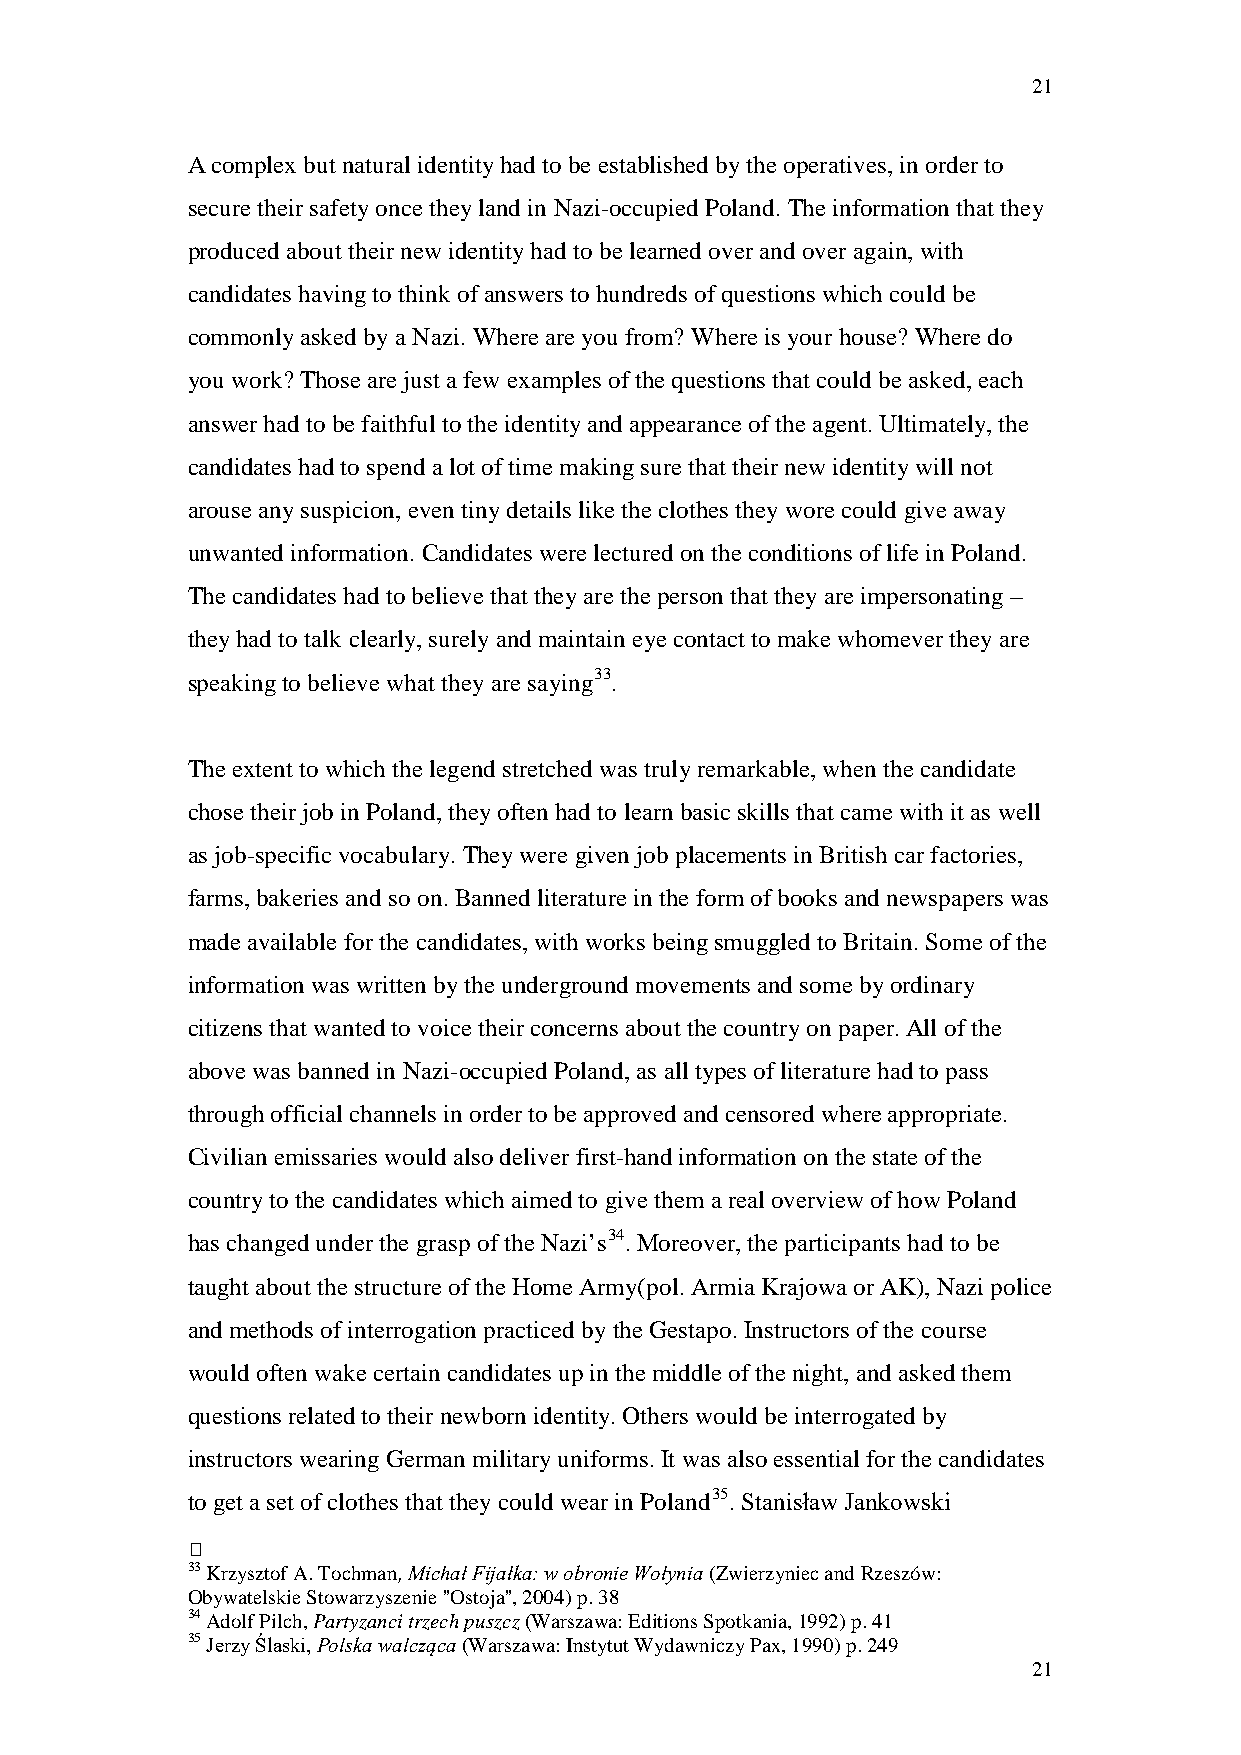
21
 A complex but natural identity had to be established by the operatives, in order to
 secure their safety once they land in Nazi-occupied Poland. The information that they
 produced about their new identity had to be learned over and over again, with
 candidates having to think of answers to hundreds of questions which could be
 commonly asked by a Nazi. Where are you from? Where is your house? Where do
 you work? Those are just a few examples of the questions that could be asked, each
 answer had to be faithful to the identity and appearance of the agent. Ultimately, the
 candidates had to spend a lot of time making sure that their new identity will not
 arouse any suspicion, even tiny details like the clothes they wore could give away
 unwanted information. Candidates were lectured on the conditions of life in Poland.
 The candidates had to believe that they are the person that they are impersonating –
 they had to talk clearly, surely and maintain eye contact to make whomever they are
 speaking to believe what they are saying33.
 The extent to which the legend stretched was truly remarkable, when the candidate
 chose their job in Poland, they often had to learn basic skills that came with it as well
 as job-specific vocabulary. They were given job placements in British car factories,
 farms, bakeries and so on. Banned literature in the form of books and newspapers was
 made available for the candidates, with works being smuggled to Britain. Some of the
 information was written by the underground movements and some by ordinary
 citizens that wanted to voice their concerns about the country on paper. All of the
 above was banned in Nazi-occupied Poland, as all types of literature had to pass
 through official channels in order to be approved and censored where appropriate.
 Civilian emissaries would also deliver first-hand information on the state of the
 country to the candidates which aimed to give them a real overview of how Poland
 has changed under the grasp of the Nazi’s34. Moreover, the participants had to be
 taught about the structure of the Home Army(pol. Armia Krajowa or AK), Nazi police
 and methods of interrogation practiced by the Gestapo. Instructors of the course
 would often wake certain candidates up in the middle of the night, and asked them
 questions related to their newborn identity. Others would be interrogated by
 instructors wearing German military uniforms. It was also essential for the candidates
 to get a set of clothes that they could wear in Poland35. Stanisław Jankowski
 
 33 Krzysztof A. Tochman, Michał Fijałka: w obronie Wołynia (Zwierzyniec and Rzeszów:
 Obywatelskie Stowarzyszenie ''Ostoja'', 2004) p. 38
 34 Adolf Pilch, Partyzanci trzech puszcz (Warszawa: Editions Spotkania, 1992) p. 41
 35 Jerzy Ślaski, Polska walcząca (Warszawa: Instytut Wydawniczy Pax, 1990) p. 249
 21